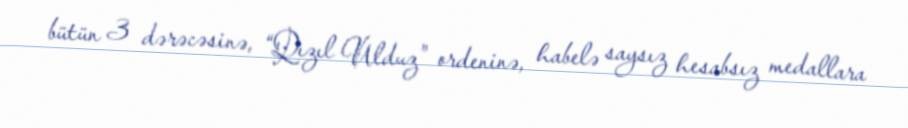
bütün 3 dərəcəsinə, “Qızıl Ulduz” ordeninə, habelə saysız hesabsız medallara